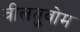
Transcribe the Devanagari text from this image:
वीलतुवोम